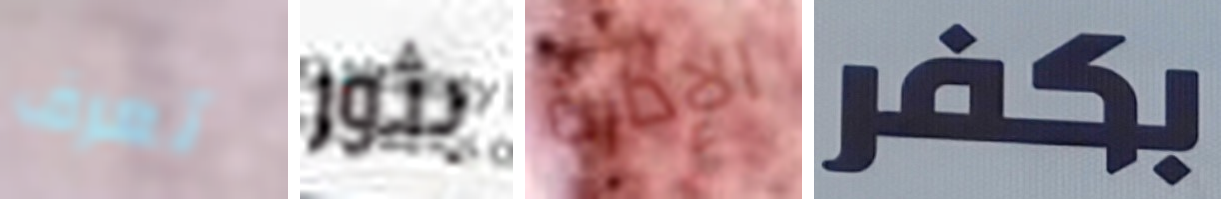
تعرف بثور الإدارة بكفر